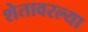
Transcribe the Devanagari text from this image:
शेतावरल्या